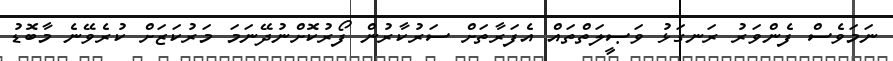
ނަމަވެސް ފެންވަރު ރަނގަޅު ވަޞީލަތްތައް އެފަރާތަށް ސަރުކާރުން ފޯރުކޮށްނުދޭނަމަ މަރުކަޒަށް ކުރެވޭނެ މާބޮޑު